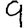
Digit: 9